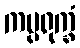
ကပ္ပရုက္ခံ